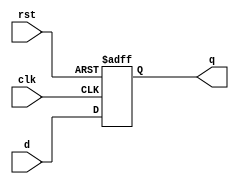
module DFF(q,d,clk,rst);
input d,clk,rst;
output q;
reg     q ;
always @(negedge(clk) or posedge(rst)) begin
    if(rst == 1'b1) begin
        q<=1'b0;
    end 
    else begin
        q <= d;
    end
end
endmodule